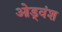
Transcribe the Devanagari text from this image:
ओड्वंश